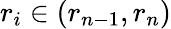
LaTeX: r_{i}\in(r_{n-1},r_{n})